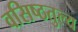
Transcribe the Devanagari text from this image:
वसिष्ठतुल्य